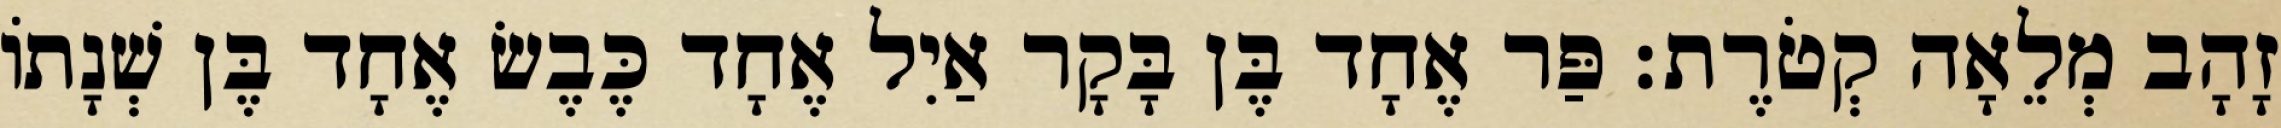
זָהָב מְלֵאָה קְטֹרֶת׃ פַּר אֶחָד בֶּן בָּקָר אַיִל אֶחָד כֶּבֶשׂ אֶחָד בֶּן שְׁנָתוֹ